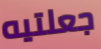
جعلتيه